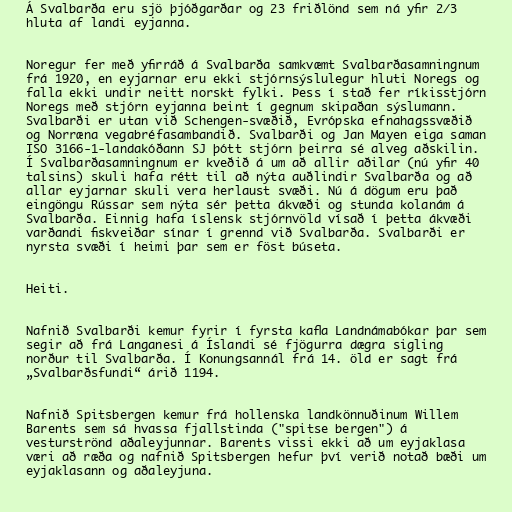
Á Svalbarða eru sjö þjóðgarðar og 23 friðlönd sem ná yfir 2/3
hluta af landi eyjanna.

Noregur fer með yfirráð á Svalbarða samkvæmt Svalbarðasamningnum
frá 1920, en eyjarnar eru ekki stjórnsýslulegur hluti Noregs og
falla ekki undir neitt norskt fylki. Þess í stað fer ríkisstjórn
Noregs með stjórn eyjanna beint í gegnum skipaðan sýslumann.
Svalbarði er utan við Schengen-svæðið, Evrópska efnahagssvæðið
og Norræna vegabréfasambandið. Svalbarði og Jan Mayen eiga saman
ISO 3166-1-landakóðann SJ þótt stjórn þeirra sé alveg aðskilin.
Í Svalbarðasamningnum er kveðið á um að allir aðilar (nú yfir 40
talsins) skuli hafa rétt til að nýta auðlindir Svalbarða og að
allar eyjarnar skuli vera herlaust svæði. Nú á dögum eru það
eingöngu Rússar sem nýta sér þetta ákvæði og stunda kolanám á
Svalbarða. Einnig hafa íslensk stjórnvöld vísað í þetta ákvæði
varðandi fiskveiðar sínar í grennd við Svalbarða. Svalbarði er
nyrsta svæði í heimi þar sem er föst búseta.

Heiti.

Nafnið Svalbarði kemur fyrir í fyrsta kafla Landnámabókar þar sem
segir að frá Langanesi á Íslandi sé fjögurra dægra sigling
norður til Svalbarða. Í Konungsannál frá 14. öld er sagt frá
„Svalbarðsfundi“ árið 1194.

Nafnið Spitsbergen kemur frá hollenska landkönnuðinum Willem
Barents sem sá hvassa fjallstinda ("spitse bergen") á
vesturströnd aðaleyjunnar. Barents vissi ekki að um eyjaklasa
væri að ræða og nafnið Spitsbergen hefur því verið notað bæði um
eyjaklasann og aðaleyjuna.